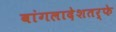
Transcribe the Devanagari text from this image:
बांगलादेशतर्फे